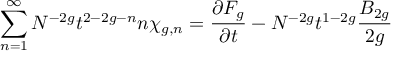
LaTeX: \sum _ { n = 1 } ^ { \infty } N ^ { - 2 g } t ^ { 2 - 2 g - n } n \chi _ { g , n } = { \frac { \partial F _ { g } } { \partial t } } - N ^ { - 2 g } t ^ { 1 - 2 g } { \frac { B _ { 2 g } } { 2 g } }